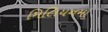
મિલિયનમા